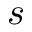
s